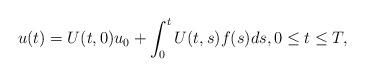
LaTeX: \begin{align*}u(t)=U(t,0)u_0+\int_0^tU(t,s)f(s)ds, 0\le t\le T,\end{align*}